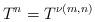
LaTeX: \begin{align*} T^n= T^{\nu(m,n)}\end{align*}